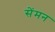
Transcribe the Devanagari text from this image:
सेंमन